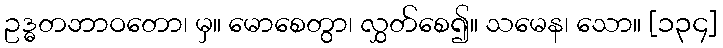
ဥဒ္ဓတဘာဝတော၊ မှ။ မောစေတွာ၊ လွှတ်စေ၍။ သမေန၊ သော။ [၁၃၄]